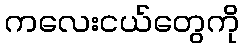
ကလေးငယ်တွေကို